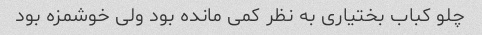
چلو کباب بختیاری به نظر کمی مانده بود ولی خوشمزه بود